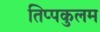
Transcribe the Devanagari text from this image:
तिप्पकुलम